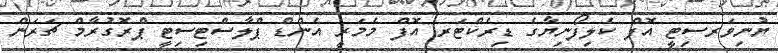
ޔުނިވަރސިޓީ އޮފް ކެލިފޯނިޔާގެ ޑިރެކްޓަރ އޮފް މެމަރީ އެންޑް ޕްލާސްޓިސިޓީ ޕްރޮގުރާމް ޗަރަން